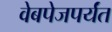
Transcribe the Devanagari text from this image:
वेबपेजपर्यंत